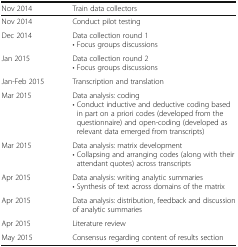
| Nov 2014 | Train data collectors |
 | --- | --- |
 | Nov 2014 | Conduct pilot testing |
 | Dec 2014 | Data collection round 1• Focus groups discussions |
 | Jan 2015 | Data collection round 2• Focus groups discussions |
 | Jan-Feb 2015 | Transcription and translation |
 | Mar 2015 | Data analysis: coding• Conduct inductive and deductive coding based in part on a priori codes (developed from the questionnaire) and open-coding (developed as relevant data emerged from transcripts) |
 | Mar 2015 | Data analysis: matrix development• Collapsing and arranging codes (along with their attendant quotes) across transcripts |
 | Apr 2015 | Data analysis: writing analytic summaries• Synthesis of text across domains of the matrix |
 | Apr 2015 | Data analysis: distribution, feedback and discussion of analytic summaries |
 | Apr 2015 | Literature review |
 | May 2015 | Consensus regarding content of results section |